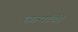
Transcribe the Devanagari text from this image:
छत्र्यांची